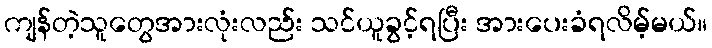
ကျန်တဲ့သူတွေအားလုံးလည်း သင်ယူခွင့်ရပြီး အားပေးခံရလိမ့်မယ်။